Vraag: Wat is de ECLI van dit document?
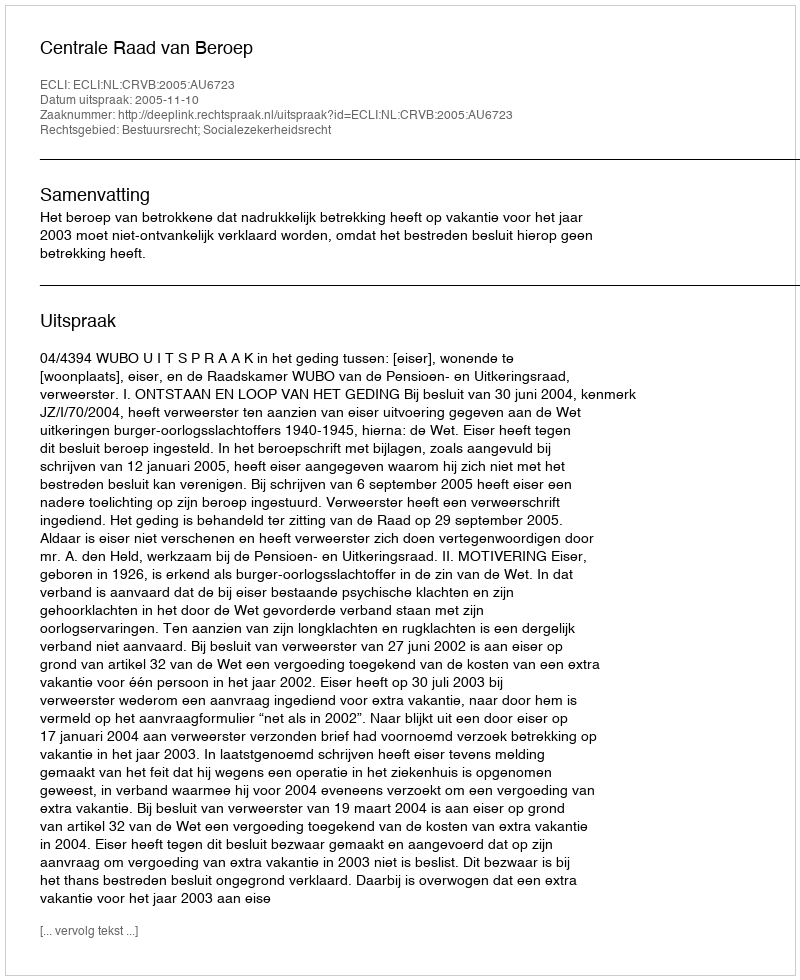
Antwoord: ECLI:NL:CRVB:2005:AU6723